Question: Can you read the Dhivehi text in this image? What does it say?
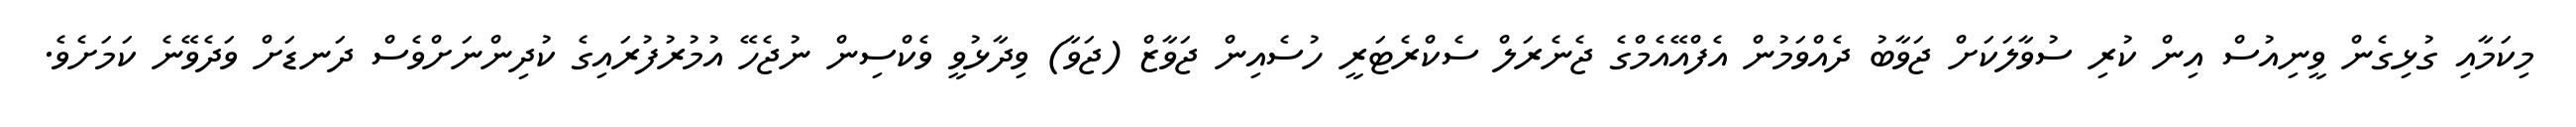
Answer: މިކަމާއި ގުޅިގެން ވީނިއުސް އިން ކުރި ސުވާލަކަށް ޖަވާބު ދެއްވަމުން އެފްއޭއެމްގެ ޖެނެރަލް ސެކްރެޓަރީ ހުސެއިން ޖަވާޒް (ޖަވާ) ވިދާޅުވީ ވެކްސިން ނުޖެހޭ އުމުރުފުރައިގެ ކުދިންނަށްވެސް ދަނޑަށް ވަދެވޭނެ ކަމަށެވެ.